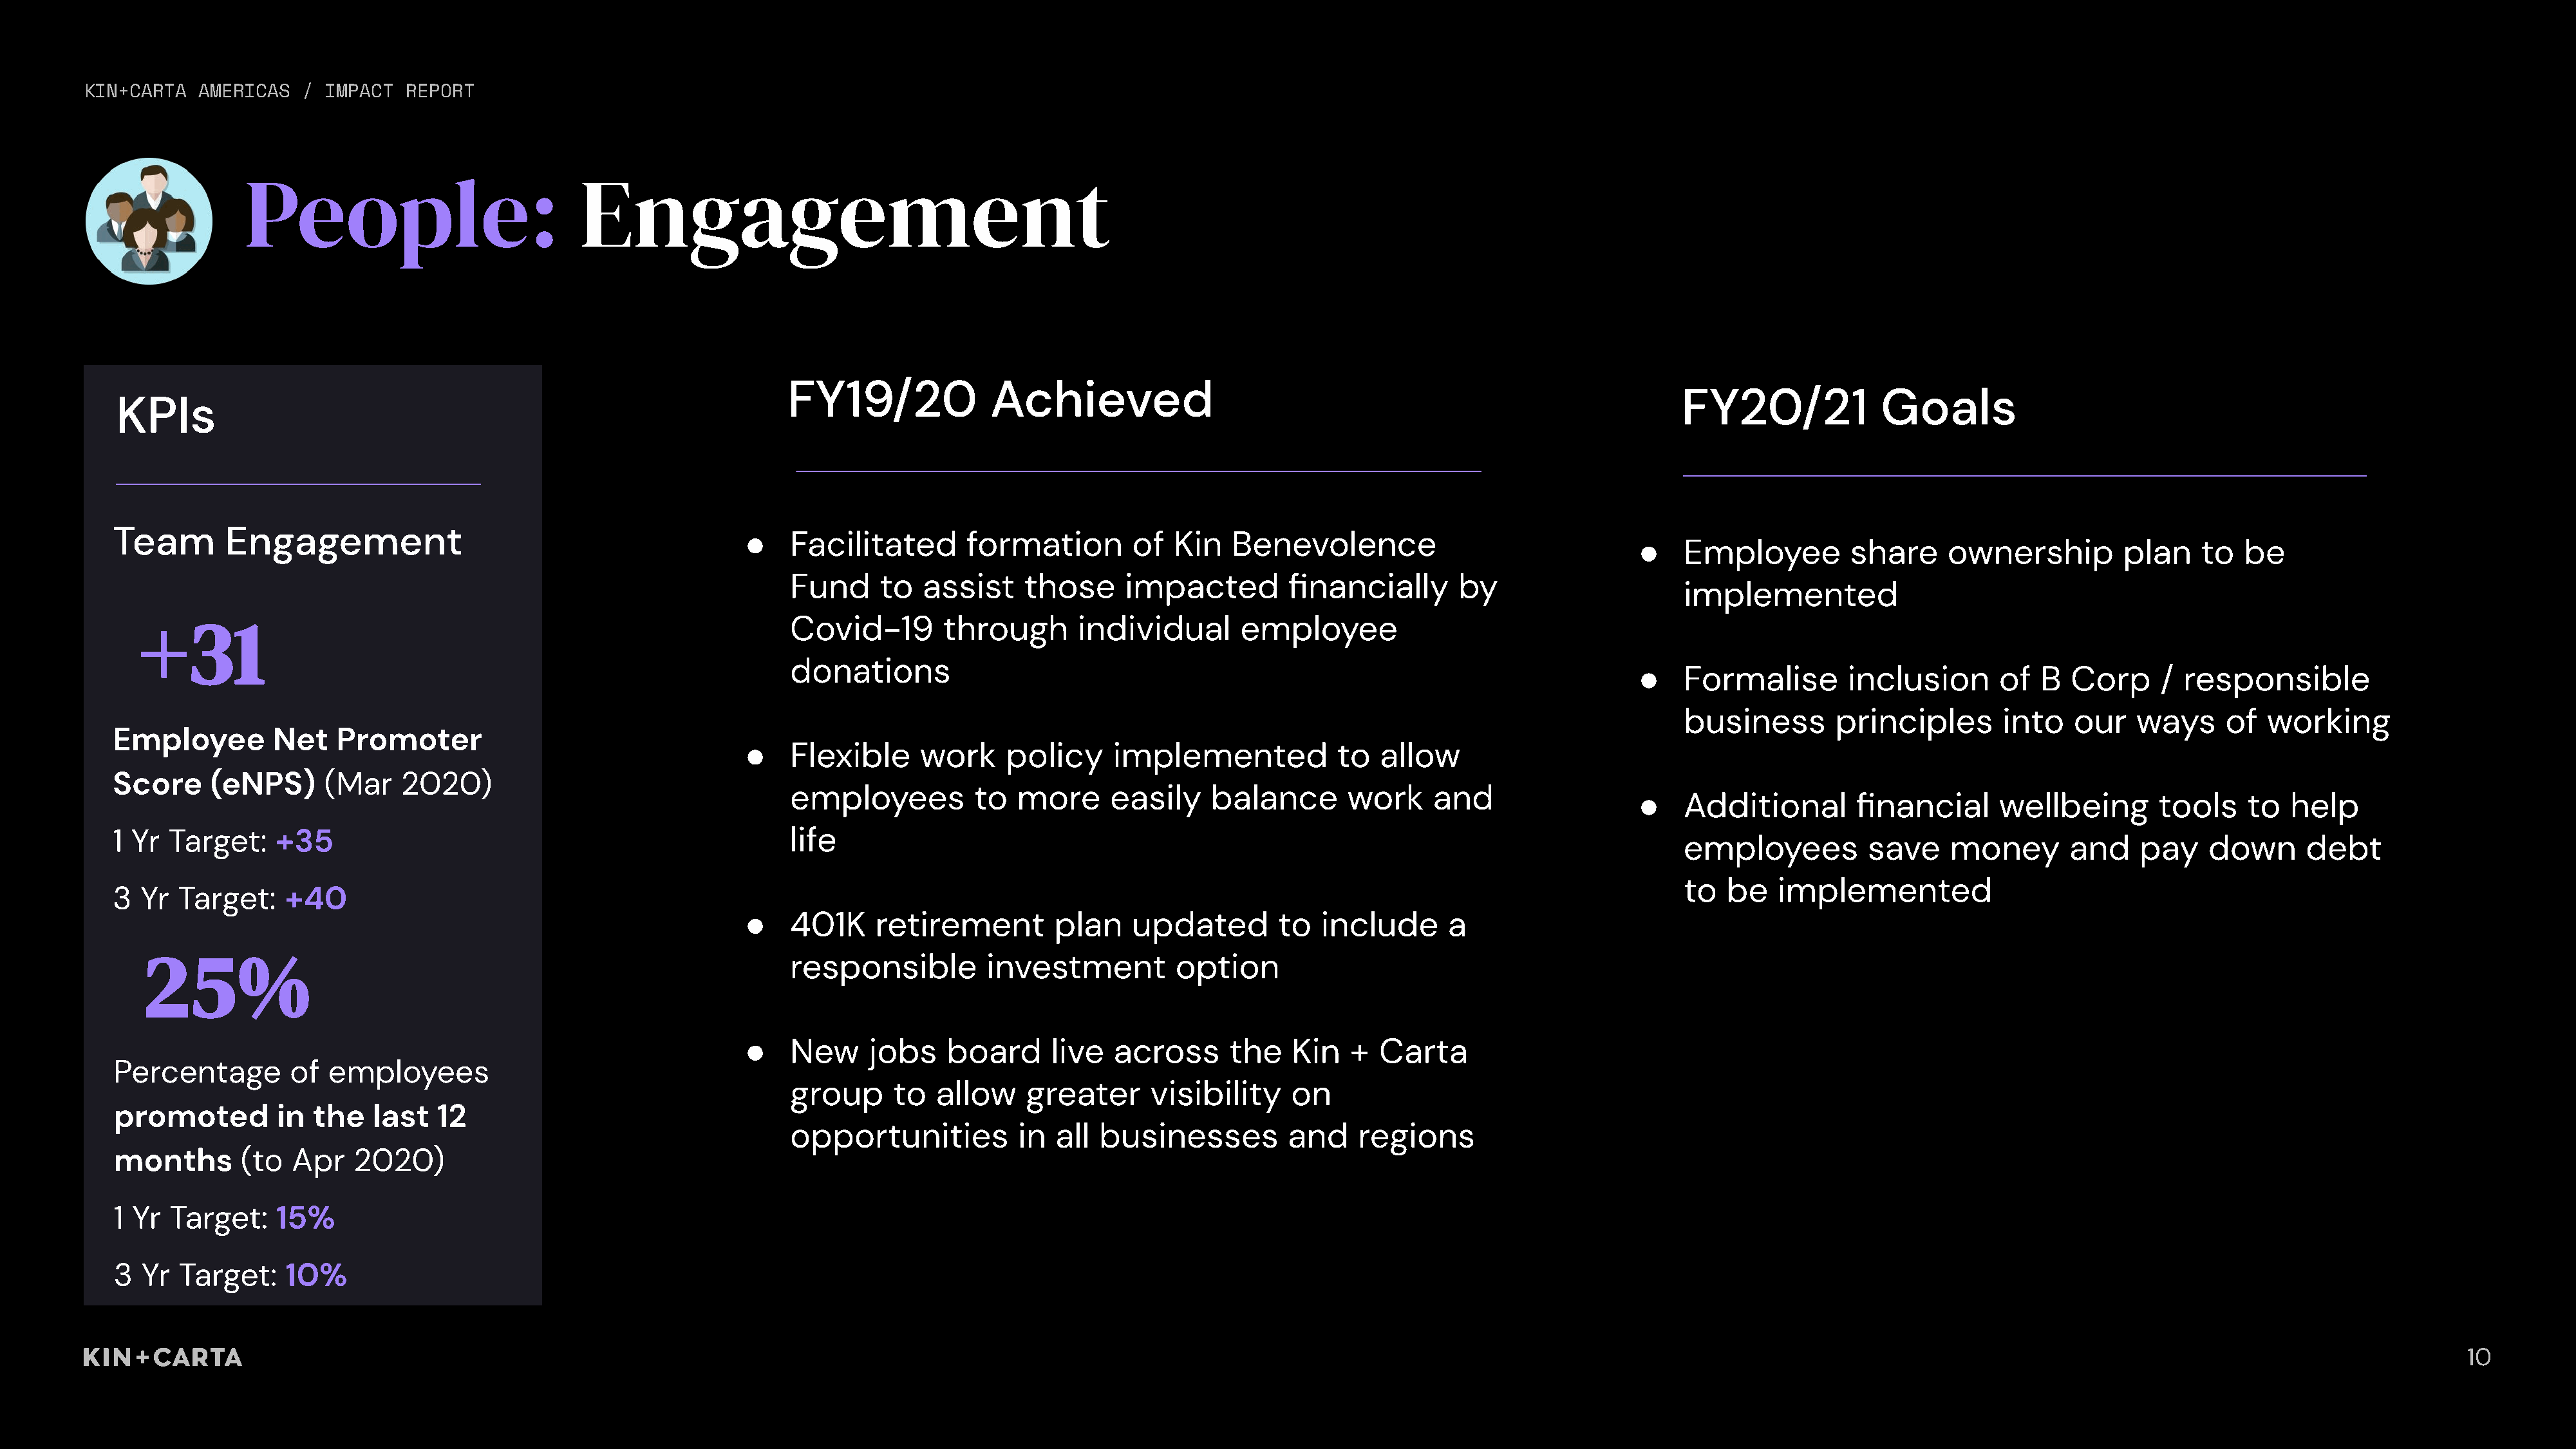
KIN+CARTA  AMERICAS   / IMPACT   REPORT
 People:                            Engagement
 FY19/20              Achieved
 FY20/21             Goals
 KPIs
 Team       Engagement                                            ●   Facilitated       formation        of   Kin   Benevolence
 ●    Employee         share     ownership         plan    to   be
 Fund     to   assist    those      impacted        financially       by
 implemented
 Covid-19        through       individual       employee
 +31
 donations
 ●    Formalise        inclusion       of  B  Corp     / responsible
 business        principles       into   our    ways     of  working
 Employee        Net    Promoter
 ●   Flexible      work    policy     implemented            to   allow
 Score     (eNPS)     (Mar    2020)
 employees          to   more     easily    balance       work     and
 ●    Additional        financial     wellbeing        tools    to  help
 1 Yr Target:    +35                                                  life
 employees          save    money        and    pay    down      debt
 to  be    implemented
 3 Yr  Target:    +40
 ●   401K     retirement        plan    updated        to   include      a
 25%                                                               responsible         investment          option
 ●   New     jobs    board      live  across      the    Kin   +  Carta
 Percentage        of  employees
 group      to  allow    greater      visibility     on
 promoted        in  the   last   12
 opportunities           in  all businesses         and     regions
 months       (to  Apr   2020)
 1 Yr Target:    15%
 3  Yr Target:    10%
 10